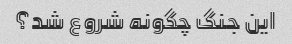
این جنگ چگونه شروع شد؟